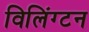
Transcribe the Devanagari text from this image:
विलिंग्टन